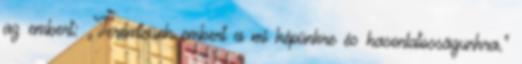
az embert: „Teremtsünk embert a mi képünkre és hasonlatosságunkra.”